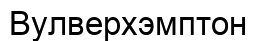
Вулверхэмптон